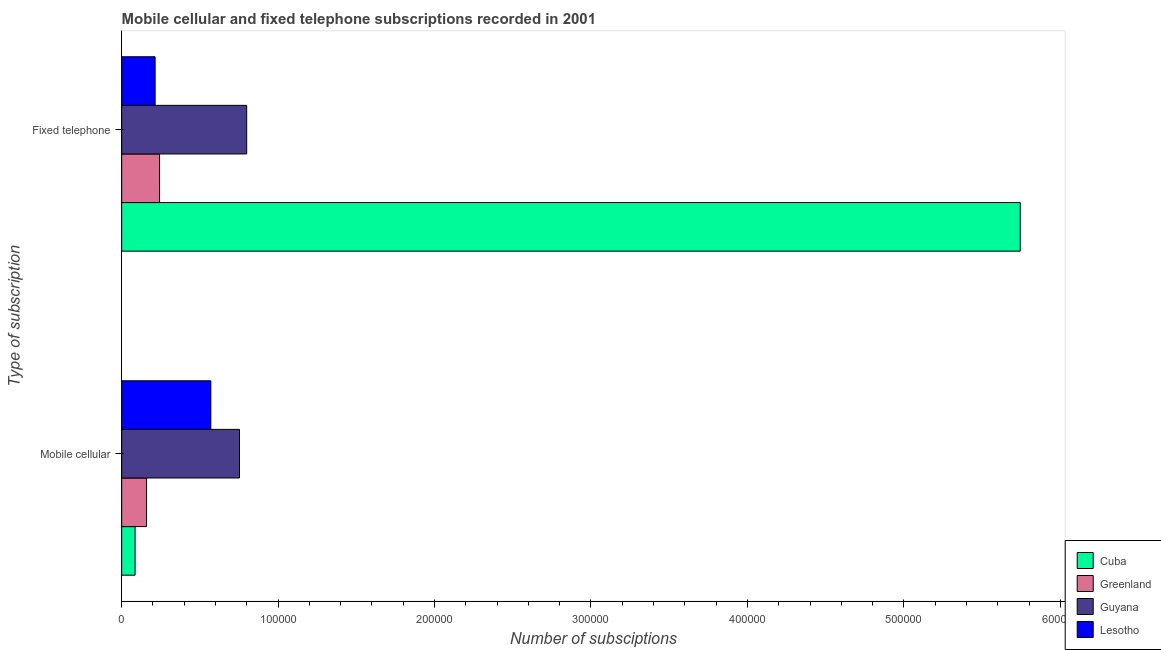
| Type of subscription | Cuba | Greenland | Guyana | Lesotho |
 | --- | --- | --- | --- | --- |
 | Mobile cellular | 8.58e+03 | 1.59e+04 | 7.53e+04 | 5.7e+04 |
 | Fixed telephone | 5.74e+05 | 2.42e+04 | 7.99e+04 | 2.14e+04 |